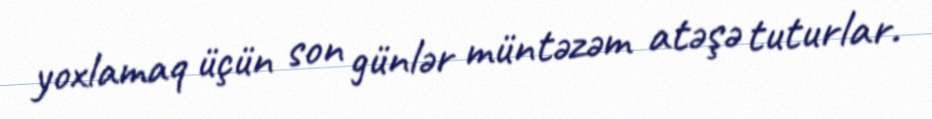
yoxlamaq üçün son günlər müntəzəm atəşə tuturlar.